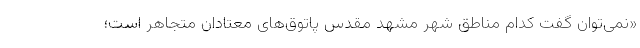
«نمی‌توان گفت کدام مناطق شهر مشهد مقدس پاتوق‌های معتادان متجاهر است؛